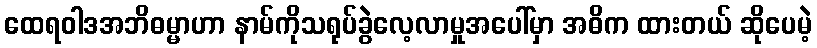
ထေရဝါဒအဘိဓမ္မာဟာ နာမ်ကိုသရုပ်ခွဲလေ့လာမှုအပေါ်မှာ အဓိက ထားတယ် ဆိုပေမဲ့